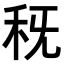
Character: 𥝪